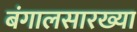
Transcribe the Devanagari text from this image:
बंगालसारख्या